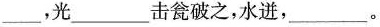
___，光___击瓮破之，水迸，___。